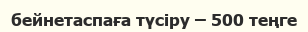
бейнетаспаға түсіру – 500 теңге